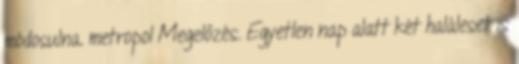
módosulna. metropol Megelőzés. Egyetlen nap alatt két haláleset is